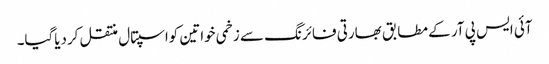
آئی ایس پی آر کے مطابق بھارتی فائرنگ سے زخمی خواتین کواسپتال منتقل کردیاگیا۔